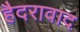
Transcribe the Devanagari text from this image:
हैदरावाद